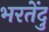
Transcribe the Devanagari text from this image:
भरतेंदु